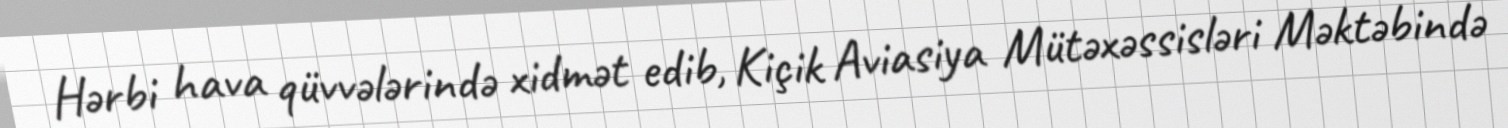
Hərbi hava qüvvələrində xidmət edib, Kiçik Aviasiya Mütəxəssisləri Məktəbində